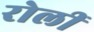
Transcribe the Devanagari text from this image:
रोलीं